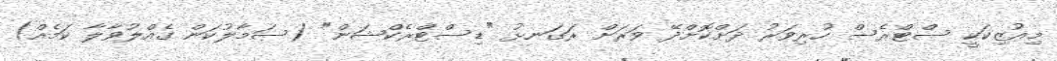
މިއުޒިކަކީ ސްޓްރެސް ހުރިވަރު ދަށްކޮށްދޭ ވަރަށް ރަގަނޅު "ޑިސްޓްރެކްޝަން" (ސަމާލުކަން ގެއްލުވާލާ ކަމެއް)